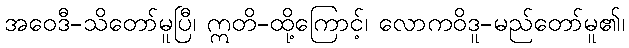
အဝေဒီ-သိတော်မူပြီ၊ ဣတိ-ထို့ကြောင့်၊ လောကဝိဒူ-မည်တော်မူ၏၊